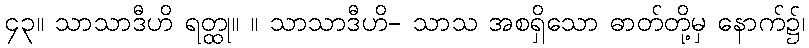
၄၃။ သာသာဒီဟိ ရတ္ထု။ ။ သာသာဒီဟိ- သာသ အစရှိသော ဓာတ်တို့မှ နောက်၌၊